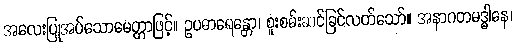
အလေးပြုအပ်သောမေတ္တာဖြင့်။ ဥပဓာရေန္တော၊ စူးစမ်းဆင်ခြင်လတ်သော်။ အနာဂတမဒ္ဓါနေ၊